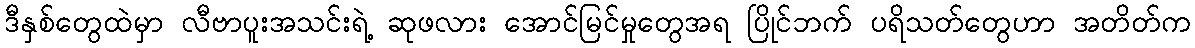
ဒီနှစ်တွေထဲမှာ လီဗာပူးအသင်းရဲ့ ဆုဖလား အောင်မြင်မှုတွေအရ ပြိုင်ဘက် ပရိသတ်တွေဟာ အတိတ်က